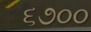
૬૭૦૦